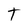
Character: t